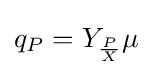
q_{P}=Y_{\frac {P}{X}}\mu